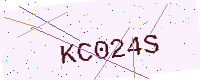
Text: KC024S